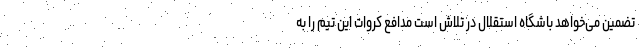
تضمین می‌خواهد باشگاه استقلال در تلاش است مدافع کروات این تیم را به